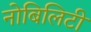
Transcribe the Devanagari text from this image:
नोबिलिटी